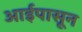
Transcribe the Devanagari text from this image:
आईपासून